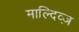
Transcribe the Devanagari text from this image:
माल्दिव्ज़